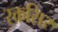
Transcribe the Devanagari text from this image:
रक्तसिर